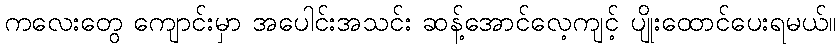
ကလေးတွေ ကျောင်းမှာ အပေါင်းအသင်း ဆန့်အောင်လေ့ကျင့် ပျိုးထောင်ပေးရမယ်။